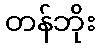
တန်ဘိုး